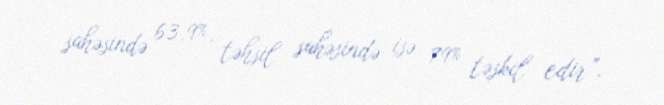
sahəsində 63,9%, təhsil sahəsində isə 79% təşkil edir”.